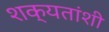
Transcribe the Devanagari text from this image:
शक्यतांशी